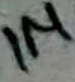
Text: 1M